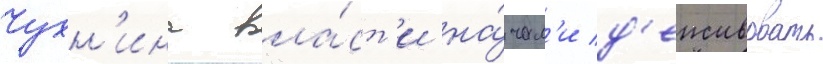
Чухн'ина вла́ст'и на́чал'и д'еиствовать